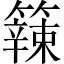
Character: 𥶁